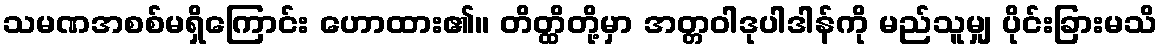
သမဏအစစ်မရှိကြောင်း ဟောထား၏။ တိတ္ထိတို့မှာ အတ္တဝါဒုပါဒါန်ကို မည်သူမျှ ပိုင်းခြားမသိ